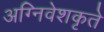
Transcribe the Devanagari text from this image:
अग्निवेशकृते